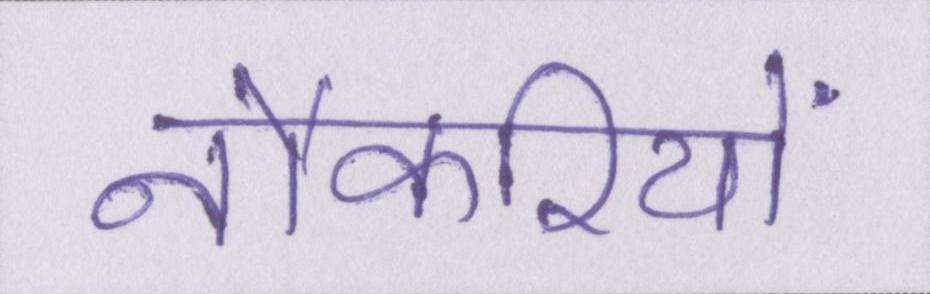
नौकरियों